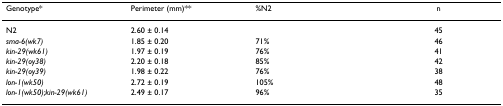
<table><thead><tr><td><b>Genotype*</b></td><td><b>Perimeter (mm)**</b></td><td><b>%N2</b></td><td><b>n</b></td></tr></thead><tbody><tr><td>N2</td><td>2.60 ± 0.14</td><td></td><td>45</td></tr><tr><td><i>sma-6(wk7)</i></td><td>1.85 ± 0.20</td><td>71%</td><td>46</td></tr><tr><td><i>kin-29(wk61)</i></td><td>1.97 ± 0.19</td><td>76%</td><td>41</td></tr><tr><td><i>kin-29(oy38)</i></td><td>2.20 ± 0.18</td><td>85%</td><td>42</td></tr><tr><td><i>kin-29(oy39)</i></td><td>1.98 ± 0.22</td><td>76%</td><td>38</td></tr><tr><td><i>lon-1(wk50)</i></td><td>2.72 ± 0.19</td><td>105%</td><td>48</td></tr><tr><td><i>lon-1(wk50);kin-29(wk61)</i></td><td>2.49 ± 0.17</td><td>96%</td><td>35</td></tr></tbody></table>